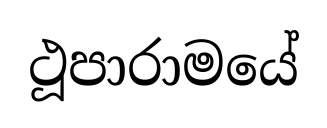
ථූපාරාමයේ